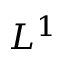
L ^ { 1 }